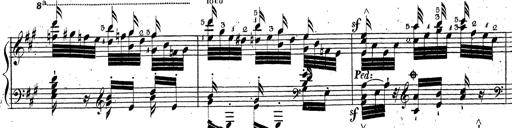
Title: Grande fantaisie sur la tyrolienne de l'opÃ©ra
Composer: Franz Liszt
Key: A major